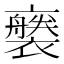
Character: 𧞚